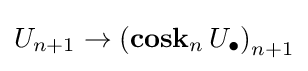
U_{n+1}\to \left(\operatorname {\mathbf {cosk} } _{n}U_{\bullet }\right)_{n+1}